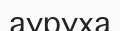
ауруха